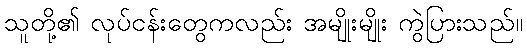
သူတို့၏ လုပ်ငန်းတွေကလည်း အမျိုးမျိုး ကွဲပြားသည်။